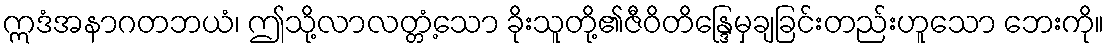
ဣဒံအနာဂတဘယံ၊ ဤသို့လာလတ္တံ့သော ခိုးသူတို့၏ဇီဝိတိန္ဒြေမှချခြင်းတည်းဟူသော ဘေးကို။